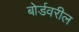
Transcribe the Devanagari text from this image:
बोर्डवरील